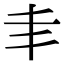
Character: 𠂖